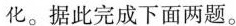
化。据此完成下面两题。